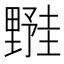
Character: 𬫀